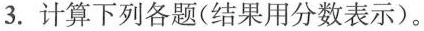
3. 计算下列各题(结果用分数表示)。